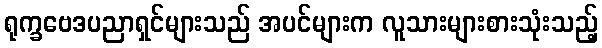
ရုက္ခဗေဒပညာရှင်များသည် အပင်များက လူသားများစားသုံးသည့်